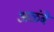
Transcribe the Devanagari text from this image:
अळंबे